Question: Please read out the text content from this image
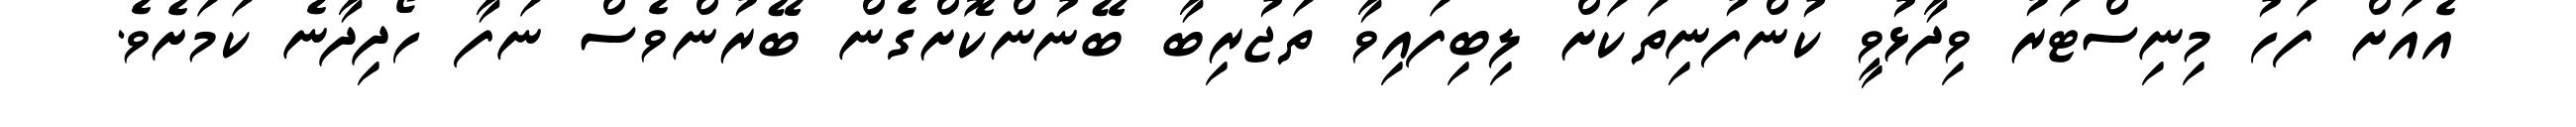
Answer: އެއަށް ފަހު މިނިސްޓަރު ވިދާޅުވީ ކުންފުނިތަކަށް ލިބިފައިވާ ތަޖުރިބާ ބޭނުންކޮށްގެން ބޭރުންވެސް ނަފާ ހޯދިދާނެ ކަމަށެވެ.